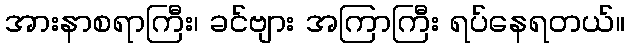
အားနာစရာကြီး၊ ခင်ဗျား အကြာကြီး ရပ်နေရတယ်။